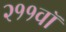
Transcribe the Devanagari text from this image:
२११वॉ